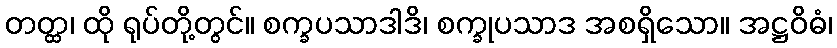
တတ္ထ၊ ထို ရုပ်တို့တွင်။ စက္ခပသာဒါဒိ၊ စက္ခုပသာဒ အစရှိသော။ အဋ္ဌဝိဓံ၊